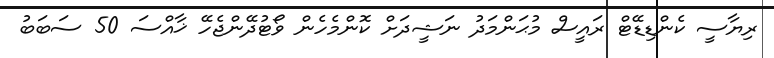
ރިޔާސީ ކެންޑިޑޭޓް ރައީސް މުޙަންމަދު ނަޝީދަށް ކޮންމެހެން ވޯޓުދޭންޖެހޭ ޚާއްސަ 50 ސަބަބު